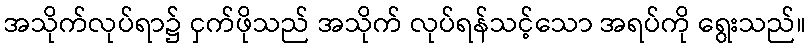
အသိုက်လုပ်ရာ၌ ငှက်ဖိုသည် အသိုက် လုပ်ရန်သင့်သော အရပ်ကို ရွေးသည်။